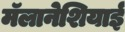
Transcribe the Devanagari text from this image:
मॅलानेशियाई